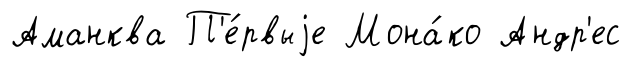
Аманква П'е́рвыjе Мона́ко Андр'ес